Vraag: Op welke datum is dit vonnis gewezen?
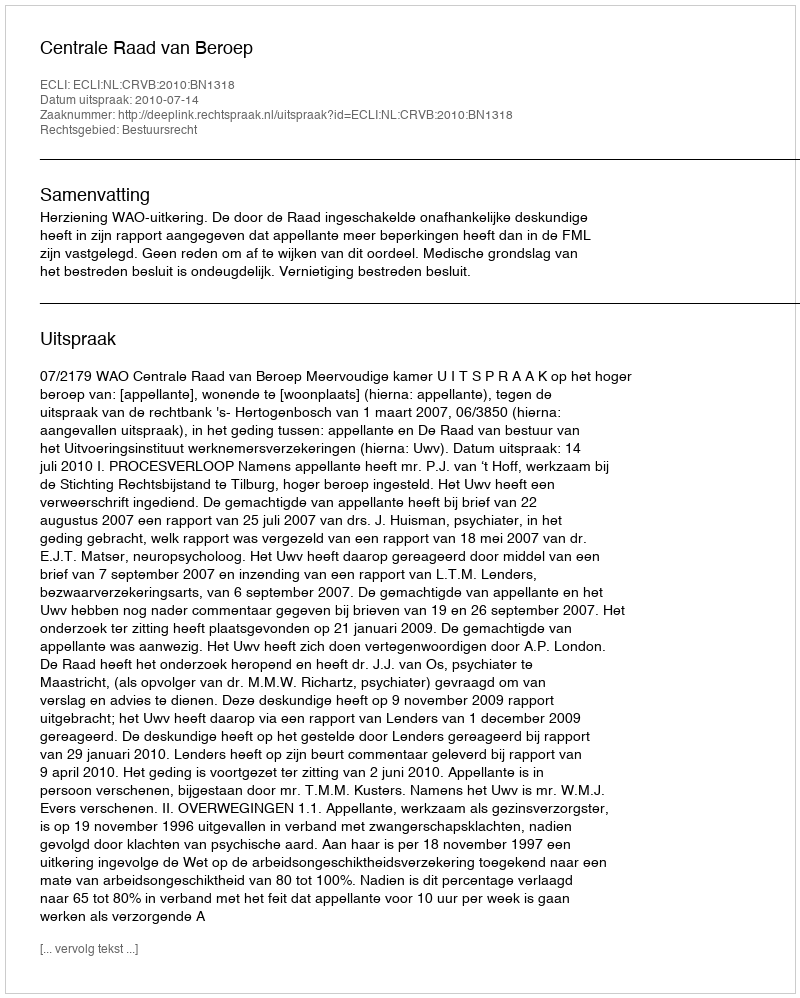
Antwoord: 2010-07-14